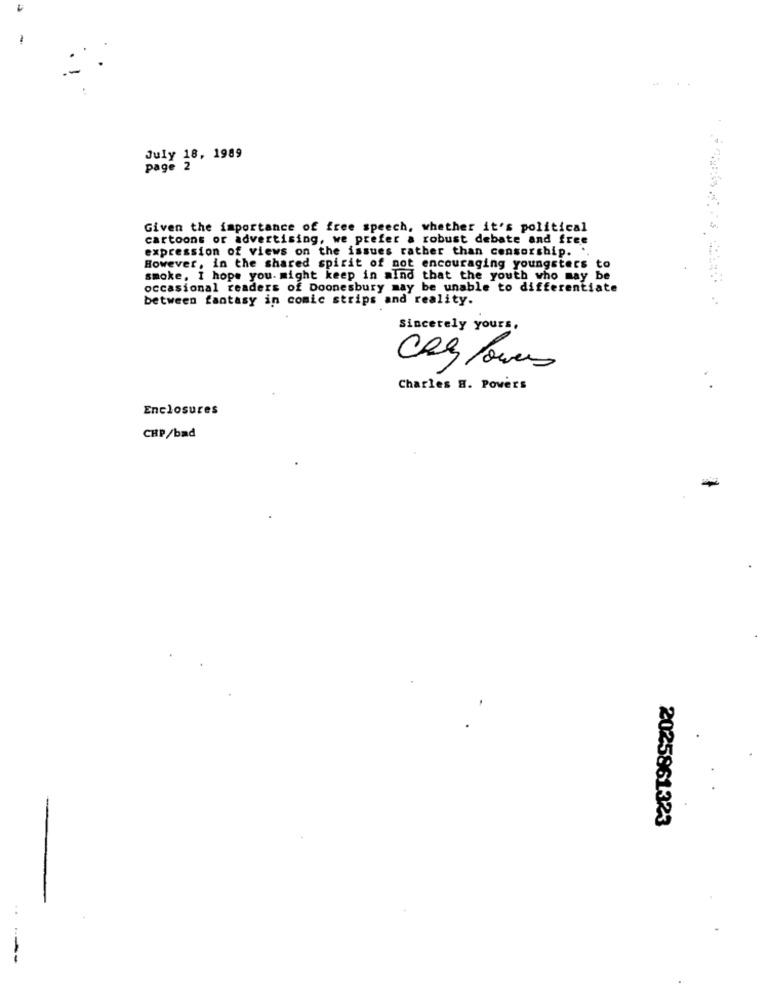
July 18, 1989
page 2
Given the importance of free speech, whether it's political
cartoons or advertising, we prefer a robust debate and free
expression of views on the issues rather than censorship. ..
However, in the shared spirit of not encouraging youngsters to
smoke, I hope you. might keep in mind that the youth who may be
occasional readers of Doonesbury may be unable to differentiate
between fantasy in comic strips and reality.
Sincerely yours,
Charles H. Powers
Enclosures
CHP/bad
2025861323